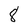
Character: 8